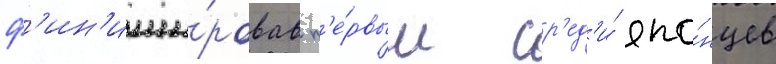
ф'ин'иши́ровав п'е́рвым ср'ед'и́ япо́нцев